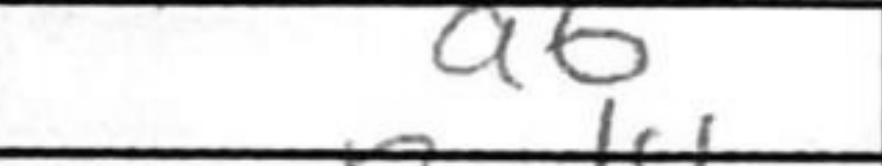
Transcription: a6